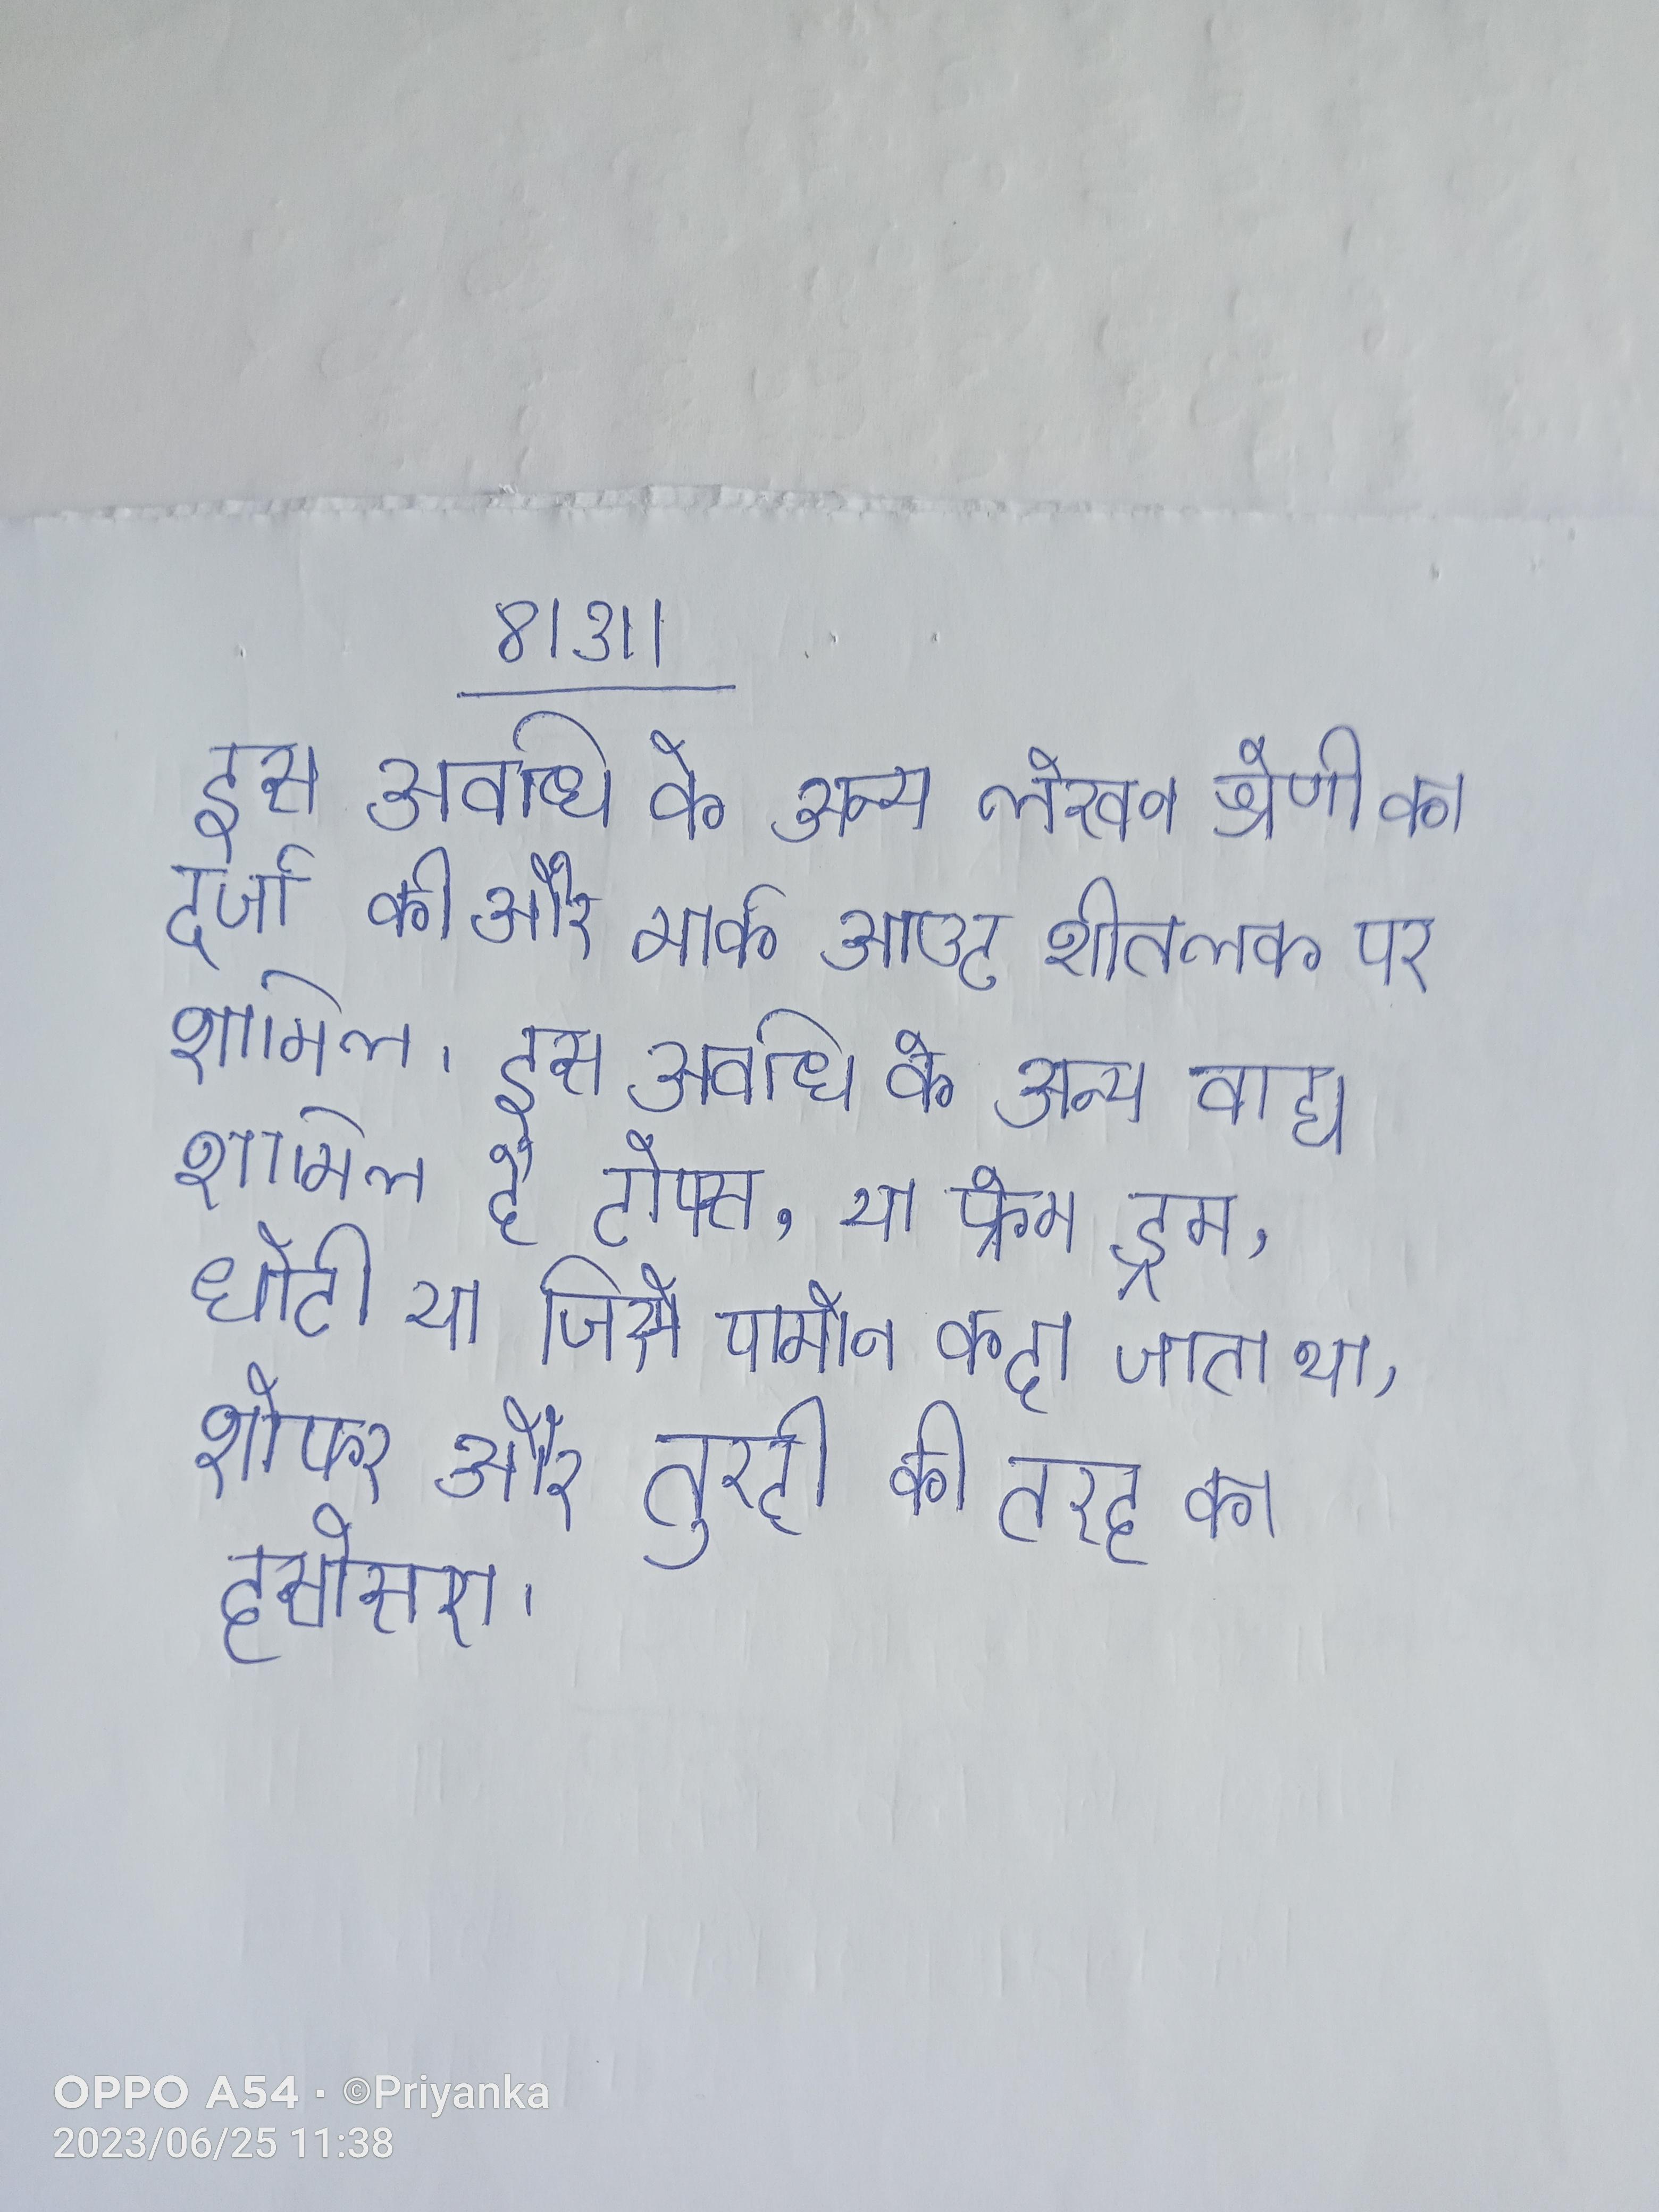
इस अवधि के अन्य लेखन श्रेणी का दर्जा की और मार्क आउट शीतलक पर शामिल । इस अवधि के अन्य वाद्य शामिल है टोफ्स, या फ्रेम ड्रम, छोटी या जिसे पामोन कहा जाता था, शोफर और तुरही की तरह का हसोसरा .